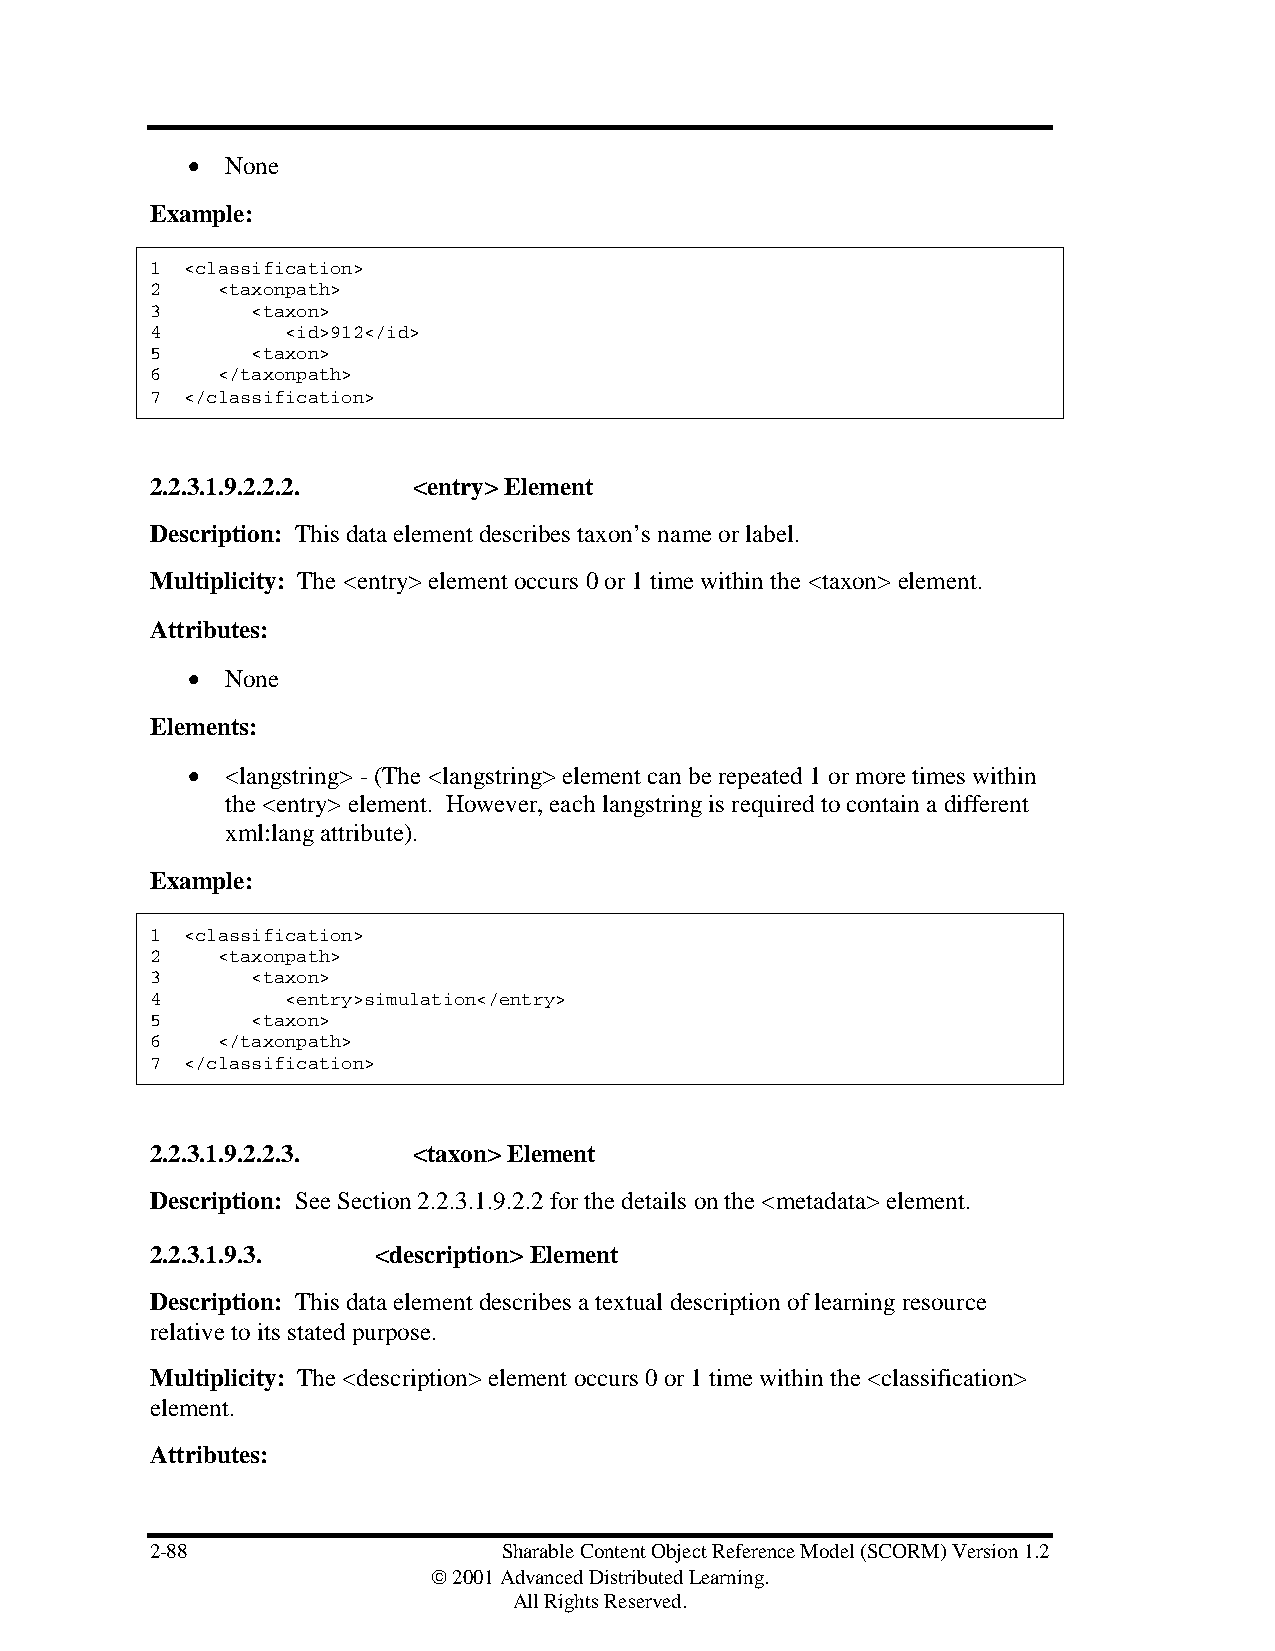
•  None
 Example:
 1 <classification>
 2   <taxonpath>
 3      <taxon>
 4        <id>912</id>
 5      <taxon>
 6   </taxonpath>
 7 </classification>
 2.2.3.1.9.2.2.2. <entry> Element
 Description: This data element describes taxon’s name or label.
 Multiplicity: The <entry> element occurs 0 or 1 time within the <taxon> element.
 Attributes:
 •  None
 Elements:
 •  <langstring> - (The <langstring> element can be repeated 1 or more times within
 the <entry> element. However, each langstring is required to contain a different
 xml:lang attribute).
 Example:
 1 <classification>
 2   <taxonpath>
 3      <taxon>
 4        <entry>simulation</entry>
 5      <taxon>
 6   </taxonpath>
 7 </classification>
 2.2.3.1.9.2.2.3. <taxon> Element
 Description: See Section 2.2.3.1.9.2.2 for the details on the <metadata> element.
 2.2.3.1.9.3.   <description> Element
 Description: This data element describes a textual description of learning resource
 relative to its stated purpose.
 Multiplicity: The <description> element occurs 0 or 1 time within the <classification>
 element.
 Attributes:
 2-88                   Sharable Content Object Reference Model (SCORM) Version 1.2
  2001 Advanced Distributed Learning.
 All Rights Reserved.